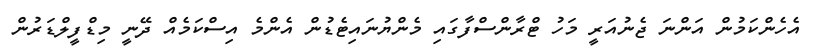
އެހެންކަމުން އަންނަ ޖެނުއަރީ މަހު ޓްރާންސްފާގައި މެންޔުނައިޓެޑުން އެންމެ އިސްކަމެއް ދޭނީ މިޑްފީލްޑަރުން